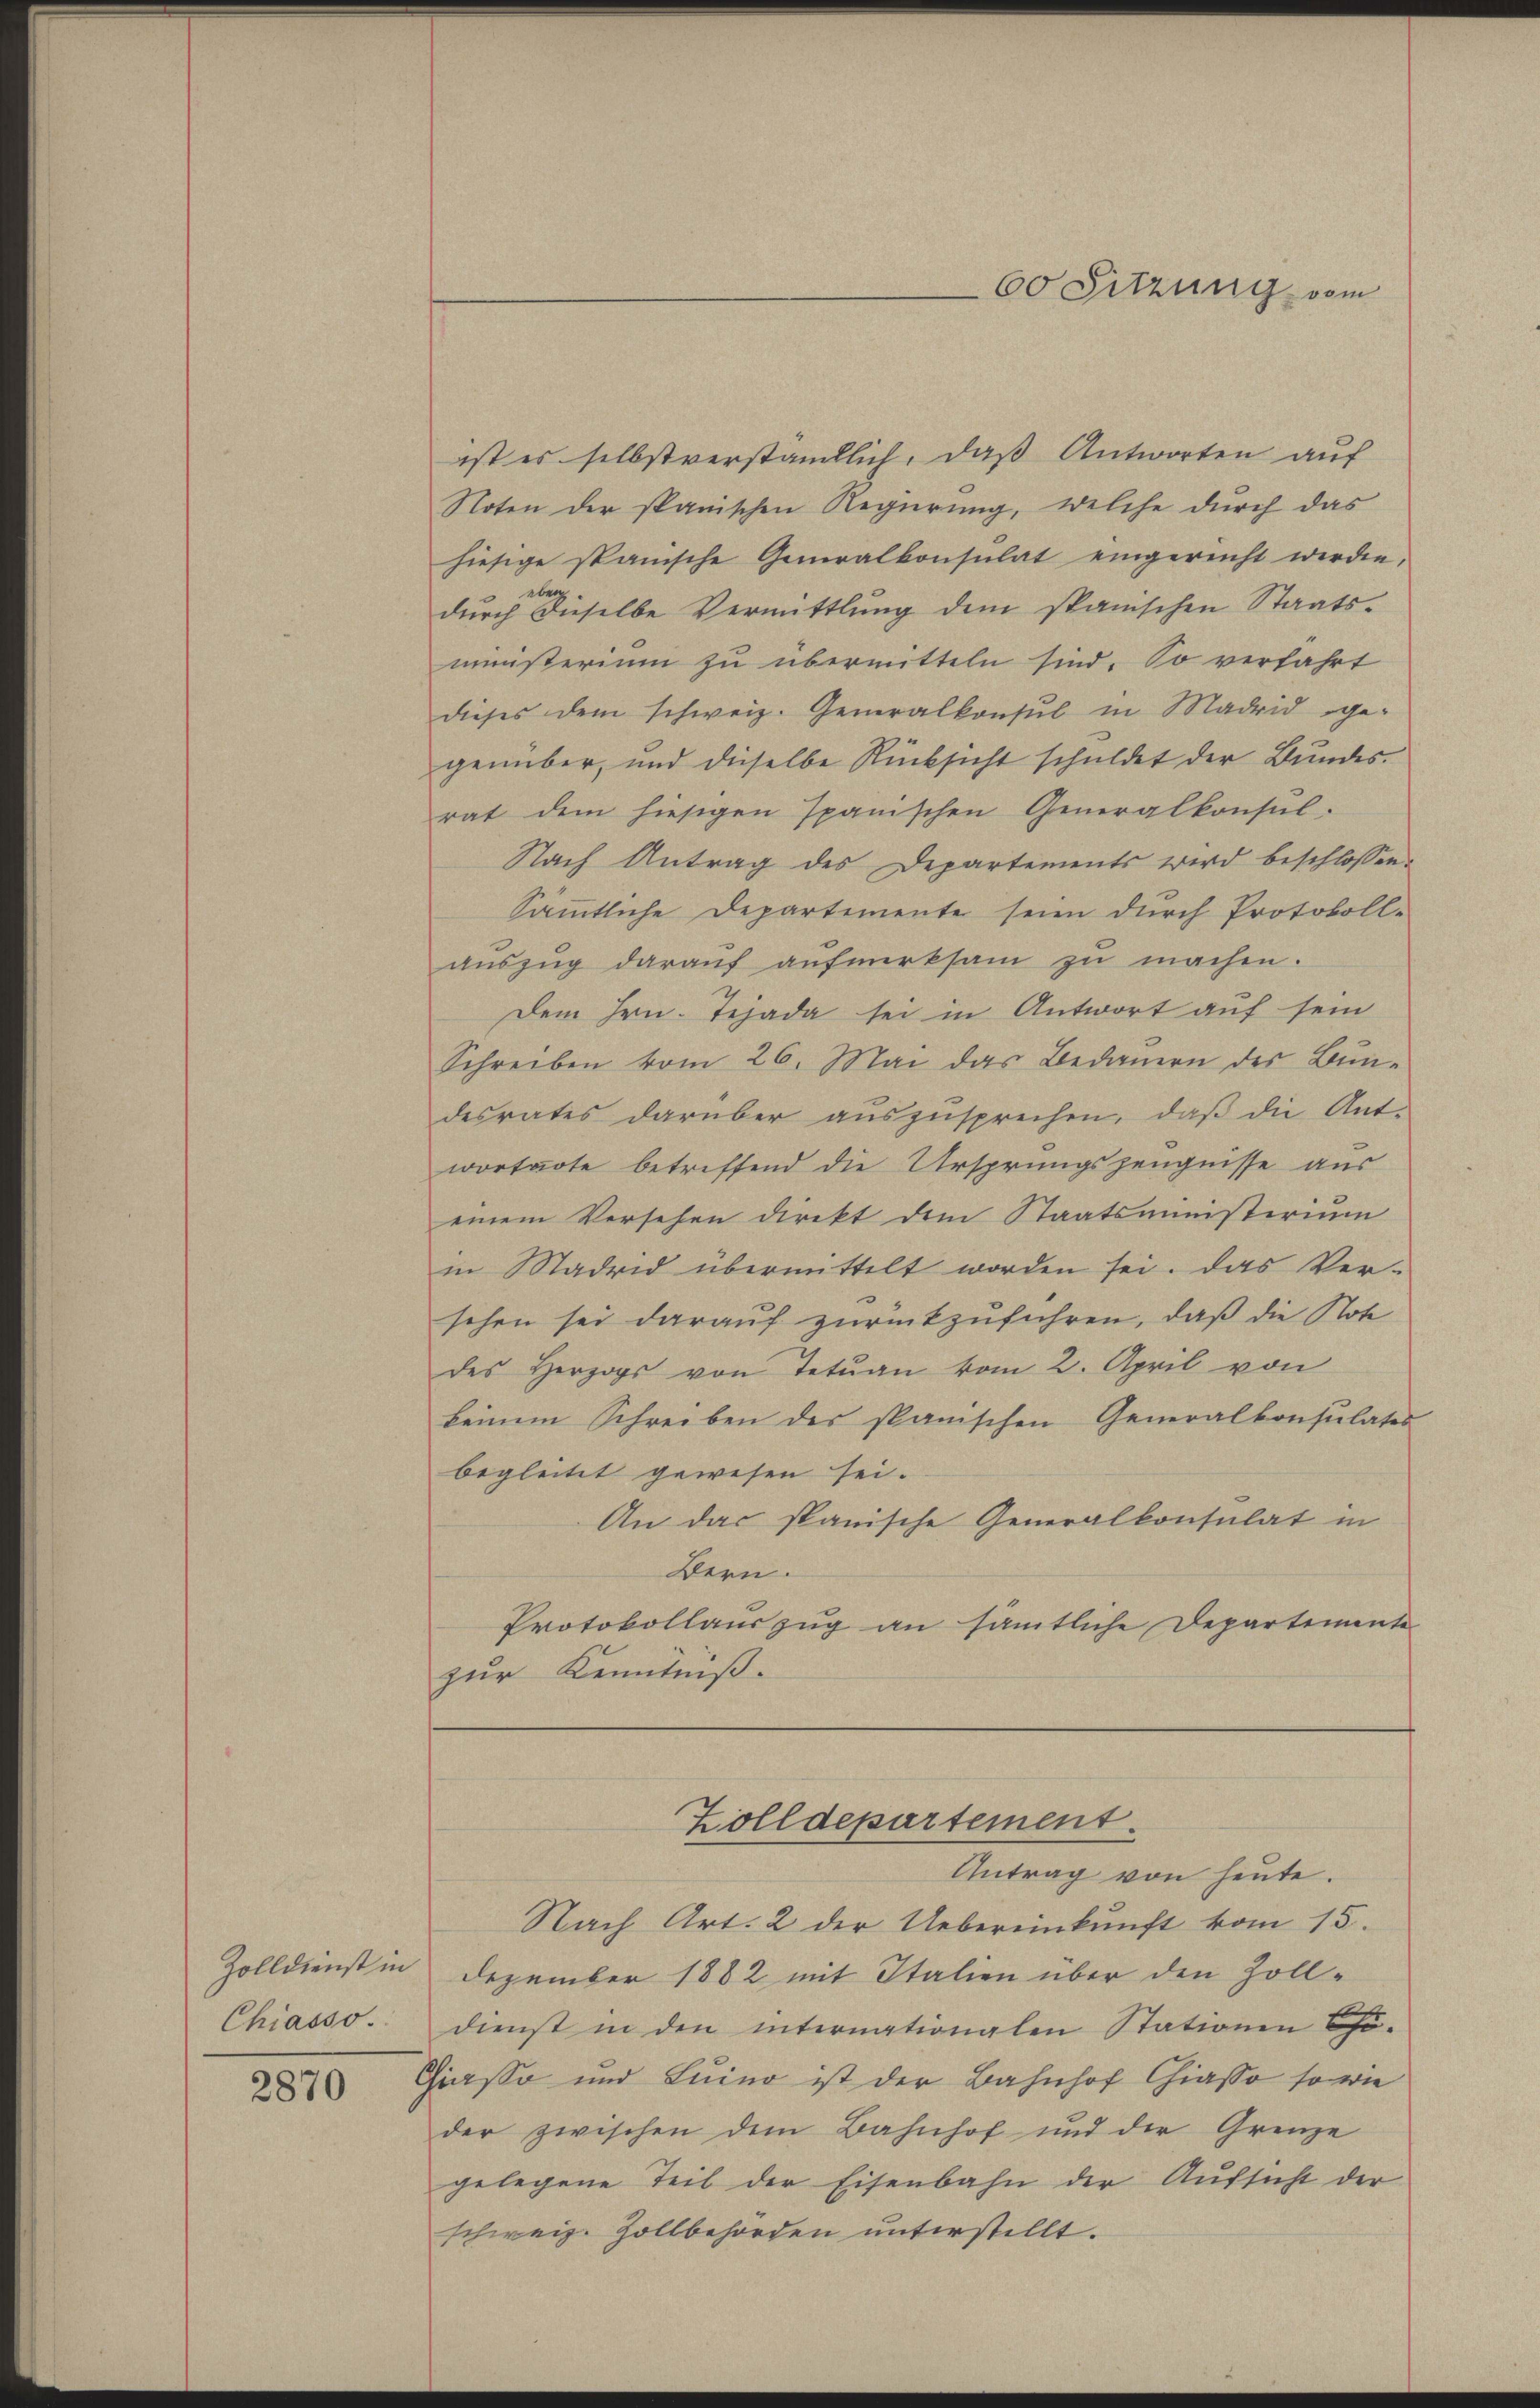
Chiasso.

2870

ist es selbstverständlich, daß Antworten auf
Noten der spanischen Regierung, welche durch das
hiesige spanische Generalkonsulat eingereicht werden,
üben.
durch dieselbe Vermittlung dem spanischen Staatsministerium zu übermitteln sind. So verfahrt
dieses dem schweiz. Generalkonsul in Madrid ge-
genüber, und dieselbe Rücksicht schuldet der Bundes-
rat dem hiesigen Ipanischen Generalkonsŭl-
Nach Antrag des Departements wird beschlossen
Sämmtliche Departemente seien durch Protokoll-
aŭszŭg daraŭf aŭfmerksam zŭ machen.
Dem Hrn. Tejada sei in Antwort auf sein
Schreiben vom 26. Mai das Bedauern des Bun-
desrates darüber auszusprechen, daß die Ant-
wortuote betreffend die Ursprungszeugnisse aus
einem Versehen direkt dem Staatsministerium
in Madrid übermittelt worden sei. Das Ver-
sehen sei darauf zurückzuführen, daß die Note
des Herzogs von Tetŭan vom 2. April von
keinem Schreiben des spanischen Generalkonsulates
begleitet gewesen sei.
An das spanische Generalkonsulat in
Bern.
Protokollauszug an sämtliche Departemente
zur Kenntniß.

60 Sitzung vom

Zolldepartement.
Antrag von heute.

Nach Art. 2 der Uebereinkunft vom 15.
Zolldienst in Dezember 1882 mit Italien über den Zolldienst in den internationalen Stationen Chö-
Giasso und Luino ist der Bahnhof Chiasso so wie
der zwischen dem Bahnhof und der Grenze
gelegene Teil der Eisenbahn der Aufsicht der
schweiz. Zollbehörden unterstellt.